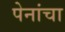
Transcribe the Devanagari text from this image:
पेनांचा